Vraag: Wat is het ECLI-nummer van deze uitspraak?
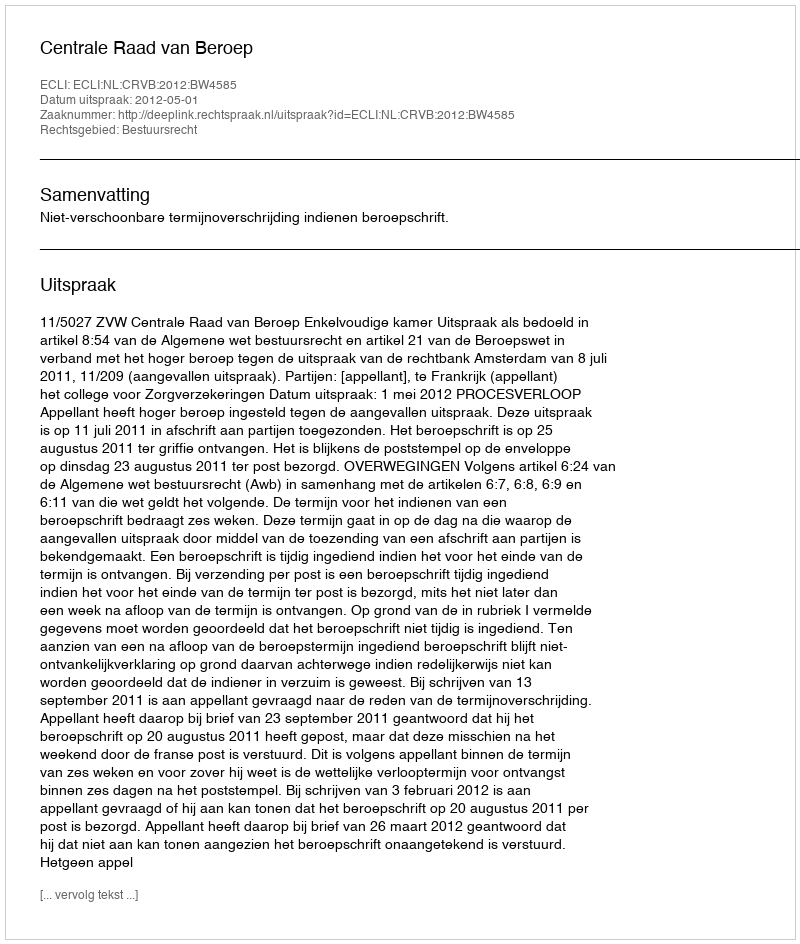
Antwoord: ECLI:NL:CRVB:2012:BW4585